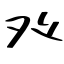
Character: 癶